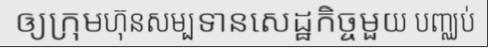
ឲ្យក្រុមហ៊ុនសម្បទានសេដ្ឋកិច្ចមួយ បញ្ឈប់